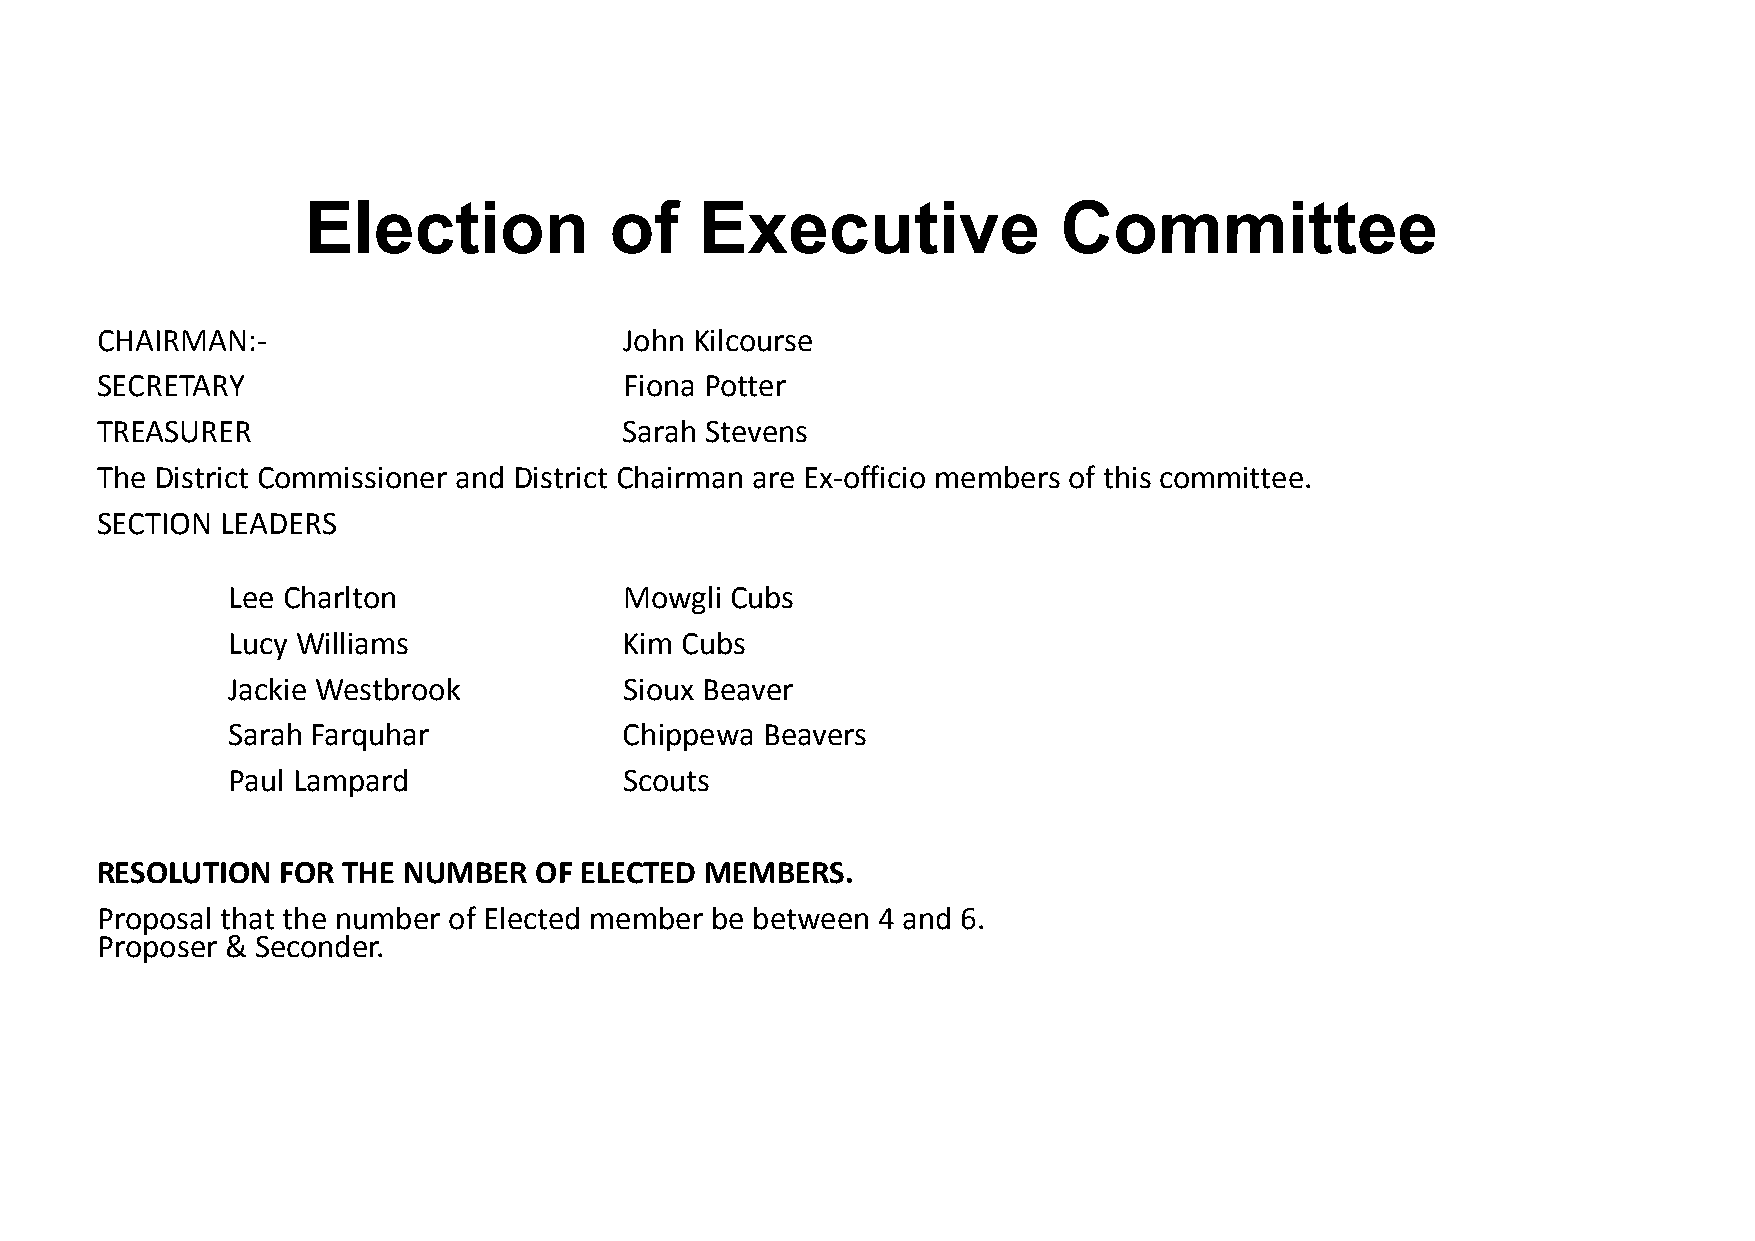
Election            of    Executive               Committee
 CHAIRMAN:‐                         John Kilcourse
 SECRETARY                          Fiona Potter
 TREASURER                          Sarah Stevens
 The District Commissioner and District Chairman are Ex‐officio members of this committee.
 SECTION  LEADERS
 Lee Charlton              Mowgli Cubs
 Lucy Williams             Kim Cubs
 Jackie Westbrook          Sioux Beaver
 Sarah Farquhar            Chippewa Beavers
 Paul Lampard              Scouts
 RESOLUTION  FOR  THE NUMBER  OF ELECTED  MEMBERS.
 Proposal that the number of Elected member be between 4 and 6.
 Proposer & Seconder.